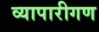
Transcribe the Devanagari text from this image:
व्‍यापारीगण